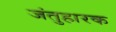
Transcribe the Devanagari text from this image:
जंतुहारक